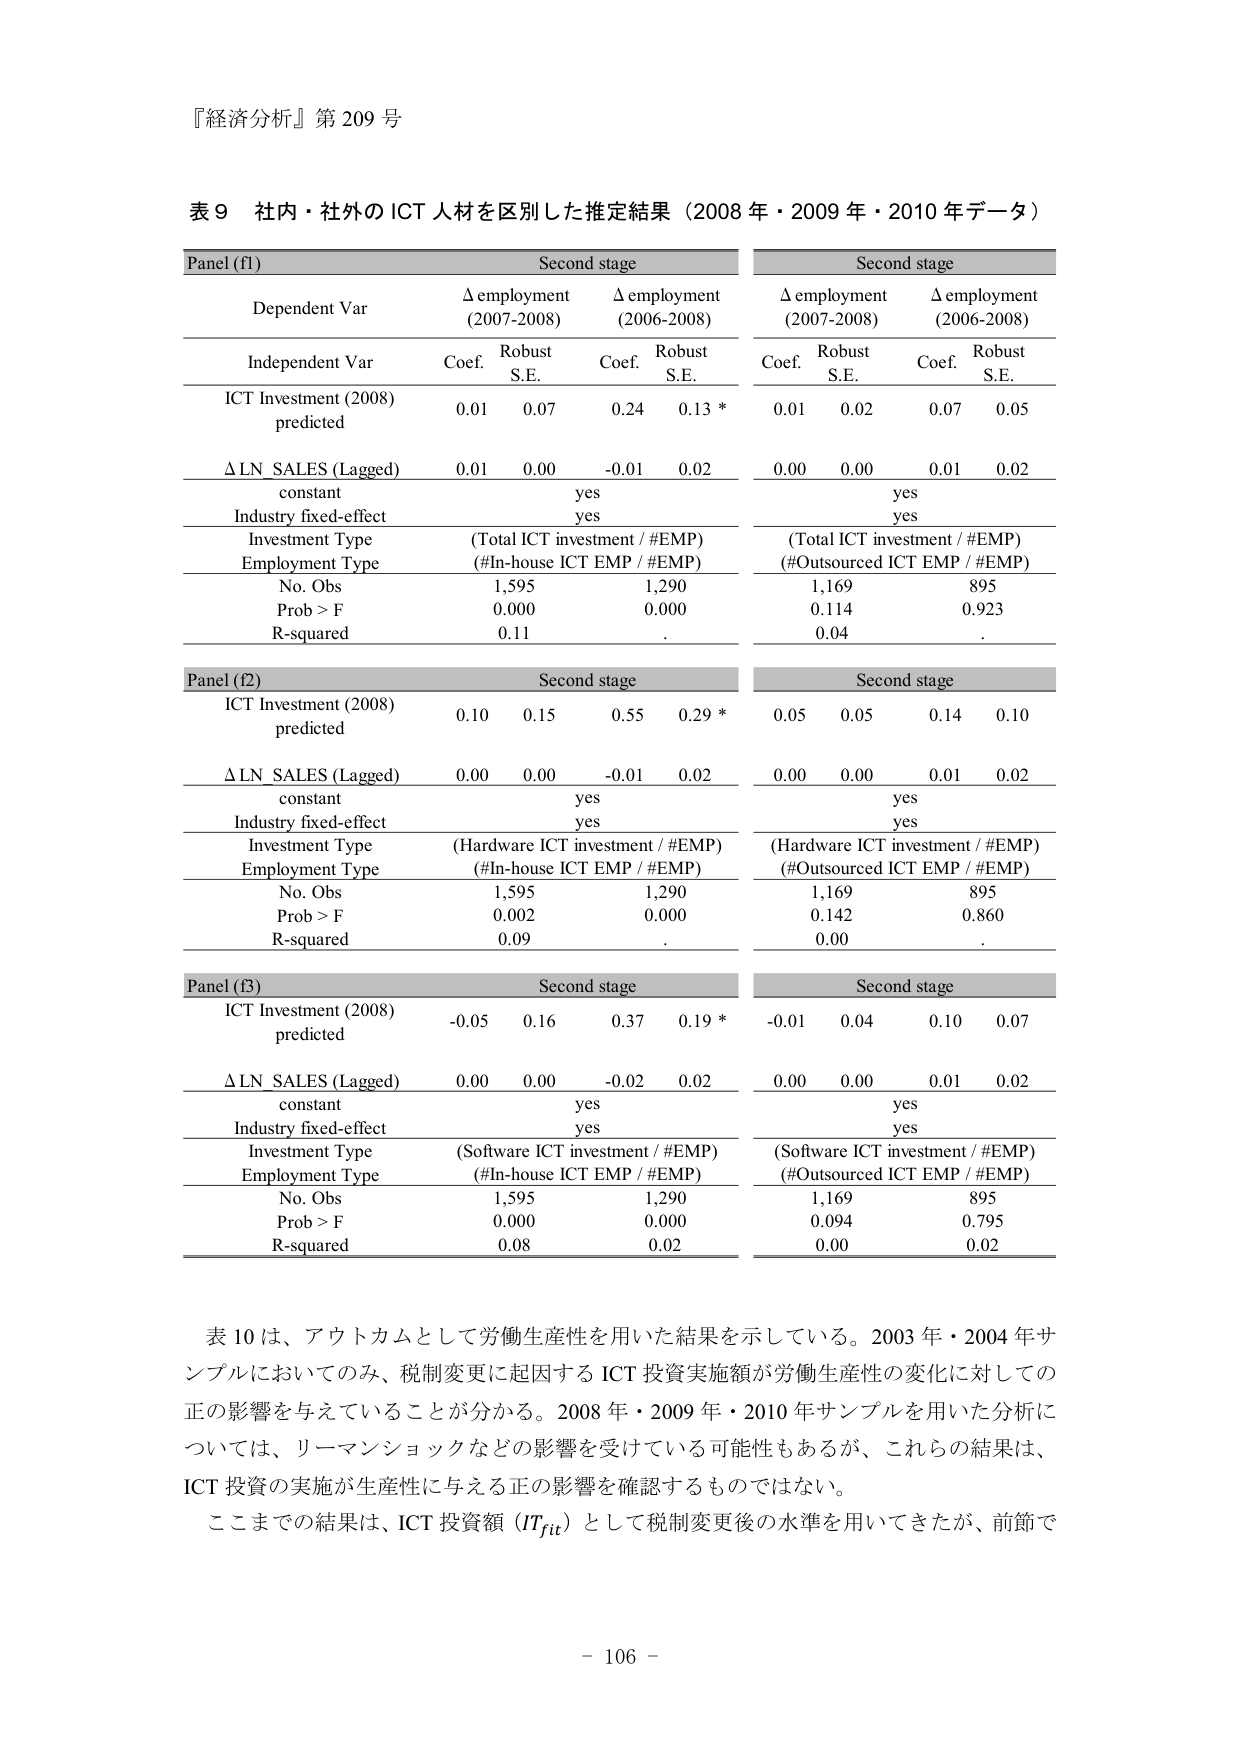
『経済分析』第 209 号

表 9 社内・社外の ICT 人材を区別した推定結果（2008 年・2009 年・2010 年データ）

Panel (f1) Second stage Second stage
Dependent Var Δ employment (2007-2008) Δ employment (2006-2008) Δ employment (2007-2008) Δ employment (2006-2008)
Independent Var Coef. Robust S.E. Coef. Robust S.E. Coef. Robust S.E. Coef. Robust S.E.
ICT Investment (2008) predicted 0.01 0.07 0.24 0.13 * 0.01 0.02 0.07 0.05
Δ LN_SALES (Lagged) 0.01 0.00 -0.01 0.02 0.00 0.00 0.01 0.02
constant yes yes
Industry fixed-effect yes yes
Investment Type (Total ICT investment / #EMP) (Total ICT investment / #EMP)
Employment Type (#In-house ICT EMP / #EMP) (#Outsourced ICT EMP / #EMP)
No. Obs 1,595 1,290 1,169 895
Prob > F 0.000 0.000 0.114 0.923
R-squared 0.11. 0.04.

Panel (f2) Second stage Second stage
ICT Investment (2008) predicted 0.10 0.15 0.55 0.29 * 0.05 0.05 0.14 0.10
Δ LN_SALES (Lagged) 0.00 0.00 -0.01 0.02 0.00 0.00 0.01 0.02
constant yes yes
Industry fixed-effect yes yes
Investment Type (Hardware ICT investment / #EMP) (Hardware ICT investment / #EMP)
Employment Type (#In-house ICT EMP / #EMP) (#Outsourced ICT EMP / #EMP)
No. Obs 1,595 1,290 1,169 895
Prob > F 0.002 0.000 0.142 0.860
R-squared 0.09. 0.00.

Panel (f3) Second stage Second stage
ICT Investment (2008) predicted -0.05 0.16 0.37 0.19 * -0.01 0.04 0.10 0.07
Δ LN_SALES (Lagged) 0.00 0.00 -0.02 0.02 0.00 0.00 0.01 0.02
constant yes yes
Industry fixed-effect yes yes
Investment Type (Software ICT investment / #EMP) (Software ICT investment / #EMP)
Employment Type (#In-house ICT EMP / #EMP) (#Outsourced ICT EMP / #EMP)
No. Obs 1,595 1,290 1,169 895
Prob > F 0.000 0.000 0.094 0.795
R-squared 0.08 0.02 0.00 0.02

表 10 は、アウトカムとして労働生産性を用いた結果を示している。2003 年・2004 年サンプルにおいてのみ、税制変更に起因する ICT 投資実施額が労働生産性の変化に対しての正の影響を与えていることが分かる。2008 年・2009 年・2010 年サンプルを用いた分析については、リーマンショックなどの影響を受けている可能性もあるが、これらの結果は、ICT 投資の実施が生産性に与える正の影響を確認するものではない。
ここまでの結果は、ICT 投資額（ITfit）として税制変更後の水準を用いてきたが、前節で

- 106 -